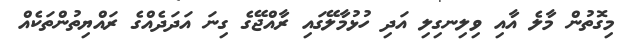
މިގޮތުން މާލެ އާއި ވިލިނގިލި އަދި ހުޅުމާލޭގައި ރާއްޖޭގެ ގިނަ އަދަދެއްގެ ރައްޔިތުންތަކެއް